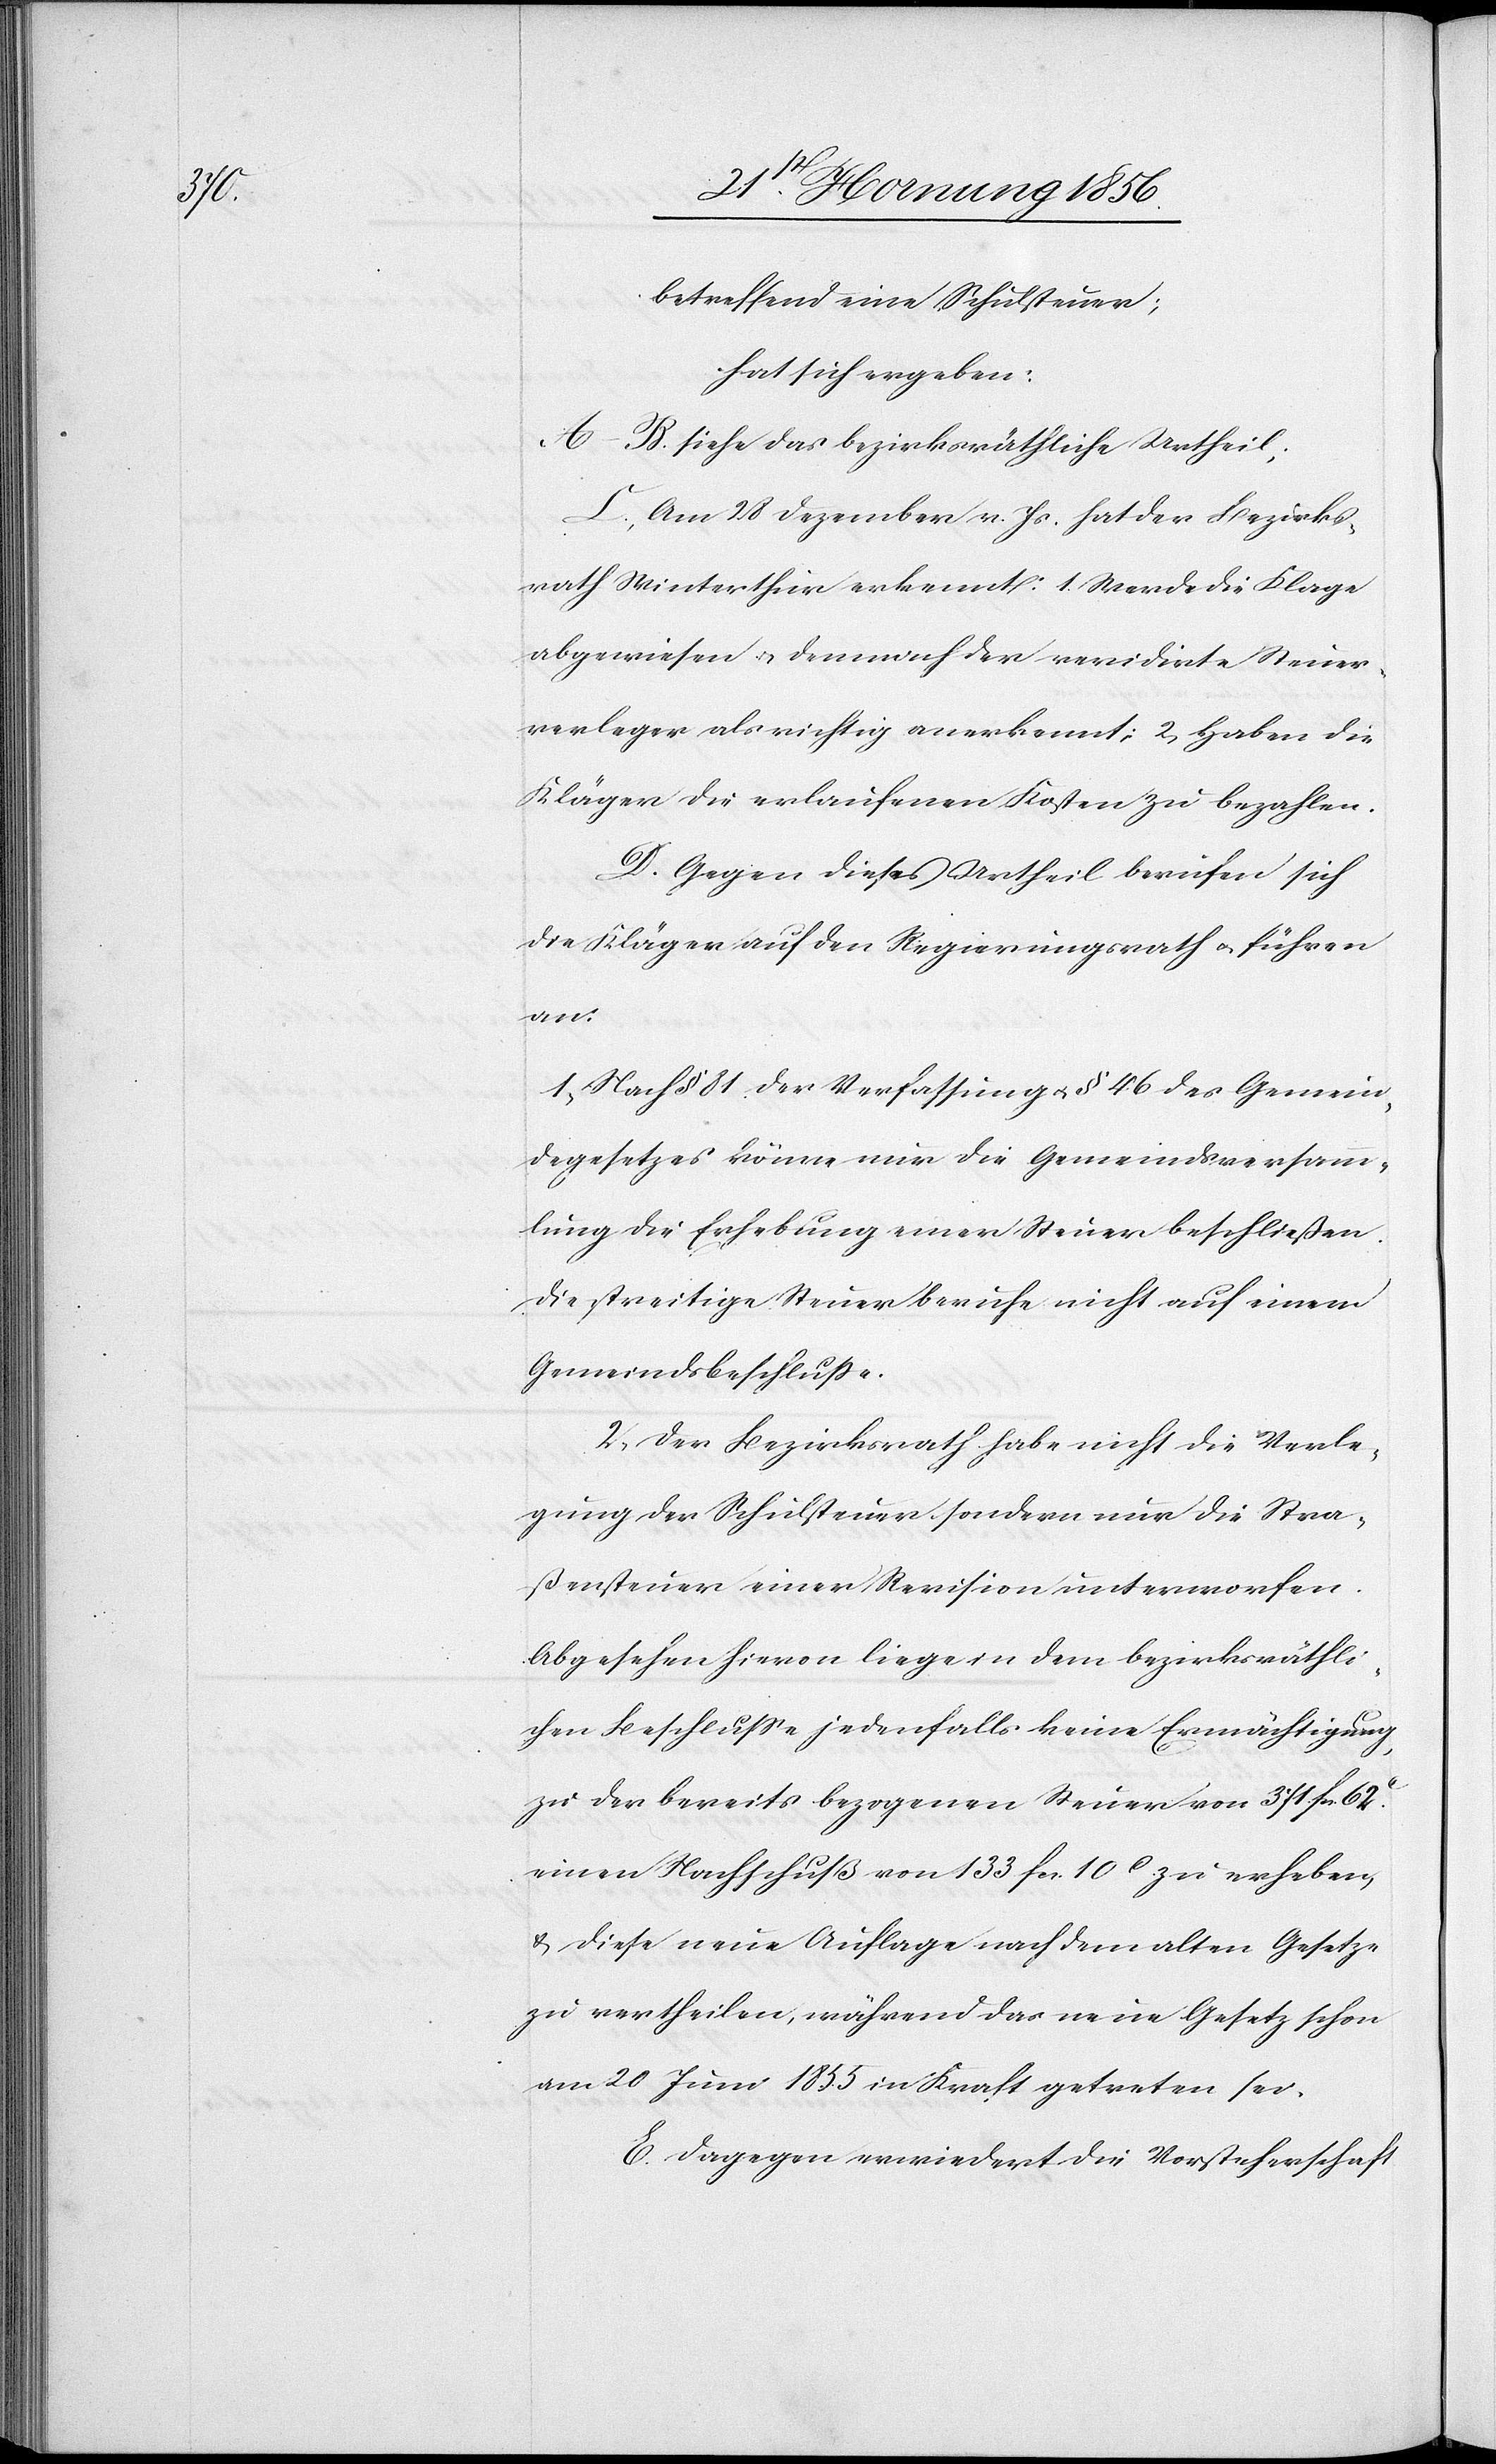
betreffend eine Schulsteuer;
hat sich ergeben:
A-B. siehe das bezirksräthliche Urtheil;
C., Am 28 Dezember v. Js hat der Bezirks¬
rath Winterthur erkennt: 1. Werde die Klage
abgewiesen u. demnach der revidirte Steuer¬
verleger als richtig anerkennt; 2, Haben die
Kläger die erlaufenen Kosten zu bezahlen.
D. Gegen dieses Urtheil berufen sich
die Kläger auf den Regierungsrath u. führen
an:
1., Nach § 81 der Verfassung u. § 46 des Gemein¬
degesetzes könne nur die Gemeindsversamm¬
lung die Erhebung einer Steuer beschließen.
Die streitige Steuer beruhe nicht auf einem
Gemeindsbeschluße.
2., Der Bezirksrath habe nicht die Verle¬
gung der Schulsteuer sondern nur die Stra¬
ßensteuer einer Revision unterworfen.
Abgesehen hievon liege in dem bezirksräthli¬
chen Beschluße jedenfalls keine Ermächtigung,
zu der bereits bezogenen Steuer von 371. fcs.
einen Nachschuß von 133 fcs. 10c. zu erheben,
& diese neue Auflage nach dem alten Gesetze
zu vertheilen, während das neue Gesetz schon
am 20 Juni 1855 in Kraft getreten sei.
E. Dagegen erwiedert die Vorsteherschaft